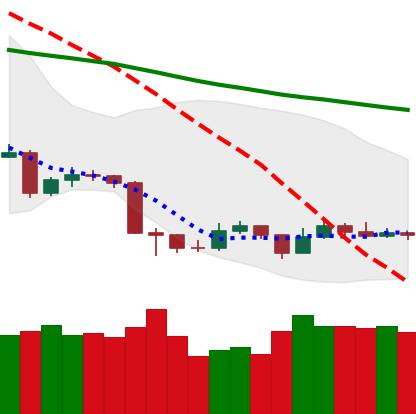
Ticker: TRX-USD
Chart end date: 2019-08-27
Forward return: -11.277%
Label: down_7plus